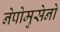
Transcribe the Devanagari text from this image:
नेपोमुसेनो